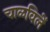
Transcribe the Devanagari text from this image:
चाळविलें